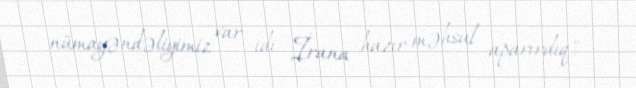
nümayəndəliyimiz var idi. İrana hazır məhsul aparırdıq".